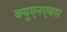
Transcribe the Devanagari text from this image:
क्यूएनएक्स